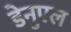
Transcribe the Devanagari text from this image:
डेनुएल